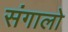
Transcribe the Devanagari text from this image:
संगालो